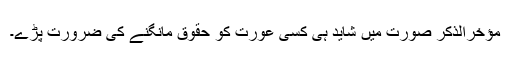
مؤخرالذکر صورت میں شاید ہی کسی عورت کو حقوق مانگنے کی ضرورت پڑے۔